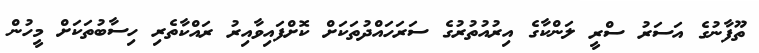
ތޫފާނުގެ އަސަރު ސްރީ ލަންކާގެ އިރުއުތުރުގެ ސަރަހައްދުތަކަށް ކޮށްފައިވާއިރު ރައްކާތެރި ހިސާބުތަކަށް މީހުން